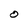
Character: 0